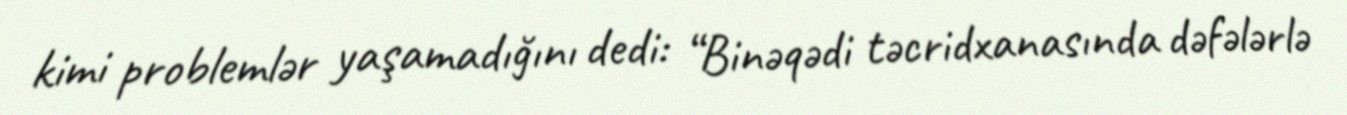
kimi problemlər yaşamadığını dedi: “Binəqədi təcridxanasında dəfələrlə